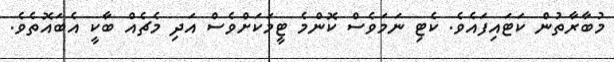
މުބާރާތުން ކަޓައިފައެވެ. ކެޓި ނަމަވެސް ކޮންމެ ޓީމަކަށްވެސް އަދި މެޗެއް ބާކީ އެބައޮތެވެ.